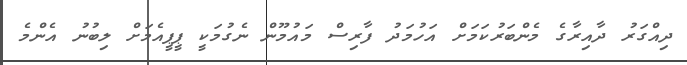
ދިއްގަރު ދާއިރާގެ މެންބަރުކަމަށް އަހުމަދު ފާރިސް މައުމޫން ނެގުމަކީ ޕީޕީއެމަށް ލިބުނު އެންމެ